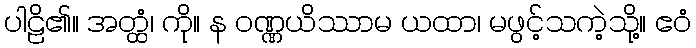
ပါဠိ၏။ အတ္ထံ၊ ကို။ န ဝဏ္ဏယိဿာမ ယထာ၊ မဖွင့်သကဲ့သို့။ ဧဝံ